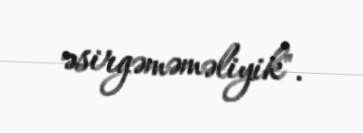
əsirgəməməliyik".